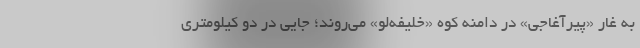
به غار «پیرآغاجی» در دامنه کوه «خلیفه‌لو» می‌روند؛ جایی در دو کیلومتری